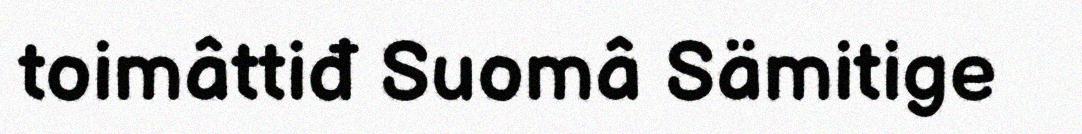
toimâttiđ Suomâ Sämitige